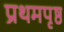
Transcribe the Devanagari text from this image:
प्रथमपृष्ठ